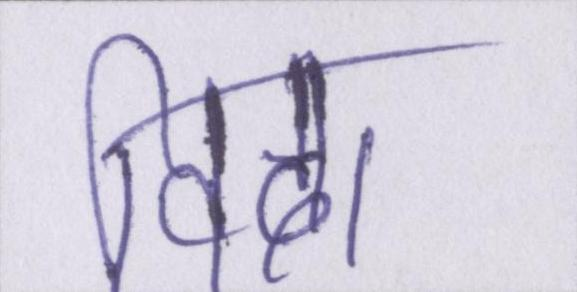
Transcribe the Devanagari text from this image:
विदा